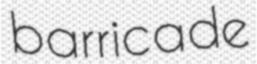
barricade